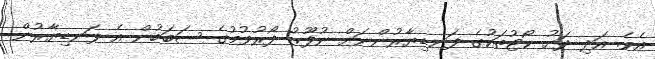
އެވެ. އަދި ދަށު ކޯޓުތަކުގެ ފަނޑިޔާރުންނަށް ނުފޫޒު ފޯރުވުމުގެ ސަބަބުން އެ ފަނޑިޔާރުން